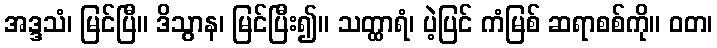
အဒ္ဒသံ၊ မြင်ပြီ။ ဒိသွာန၊ မြင်ပြီး၍။ သတ္ထာရံ၊ ပဲ့ပြင် ကံမြစ် ဆရာစစ်ကို။ ဝတ၊